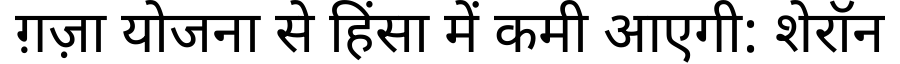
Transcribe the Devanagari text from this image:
ग़ज़ा योजना से हिंसा में कमी आएगी: शेरॉन